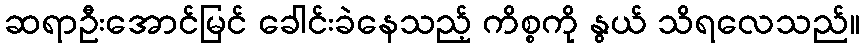
ဆရာဦးအောင်မြင် ခေါင်းခဲနေသည့် ကိစ္စကို နွယ် သိရလေသည်။